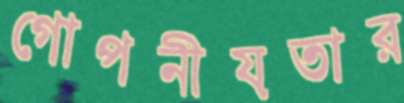
গোপনীয়তার